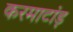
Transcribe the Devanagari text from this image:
करमाटांड़